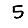
Digit: 5